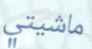
ماشيتي